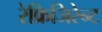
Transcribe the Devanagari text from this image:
रेफ्रिजिरेन्ट